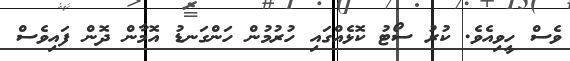
ވެސް ހީވިއެވެ. ކުރު ސޯޓު ކޮޅެއްގައި ހުރުމުން ހަންގަނޑު އޮމާން ދޮން ފައިވެސް